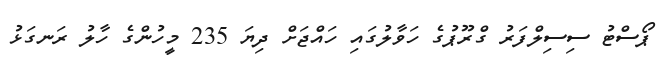
ޕޯސްޓު ސިސިލްފަރު ގްރޫޕުގެ ހަވާލުގައި ހައްޖަށް ދިޔަ 235 މީހުންގެ ހާލު ރަނގަޅު